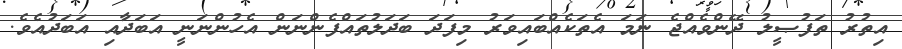
އިތުރު ތަފުޞީލު ދޭންވެއްޖެ ނަމަ އެތަކެއްބައިވަރު މިފަދަ ބަދަލުތައްފެންނަން އެހުންނަނީ އަބަދާއި އަބަދުއެވެ.